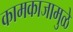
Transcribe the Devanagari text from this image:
कामकाजामुळे